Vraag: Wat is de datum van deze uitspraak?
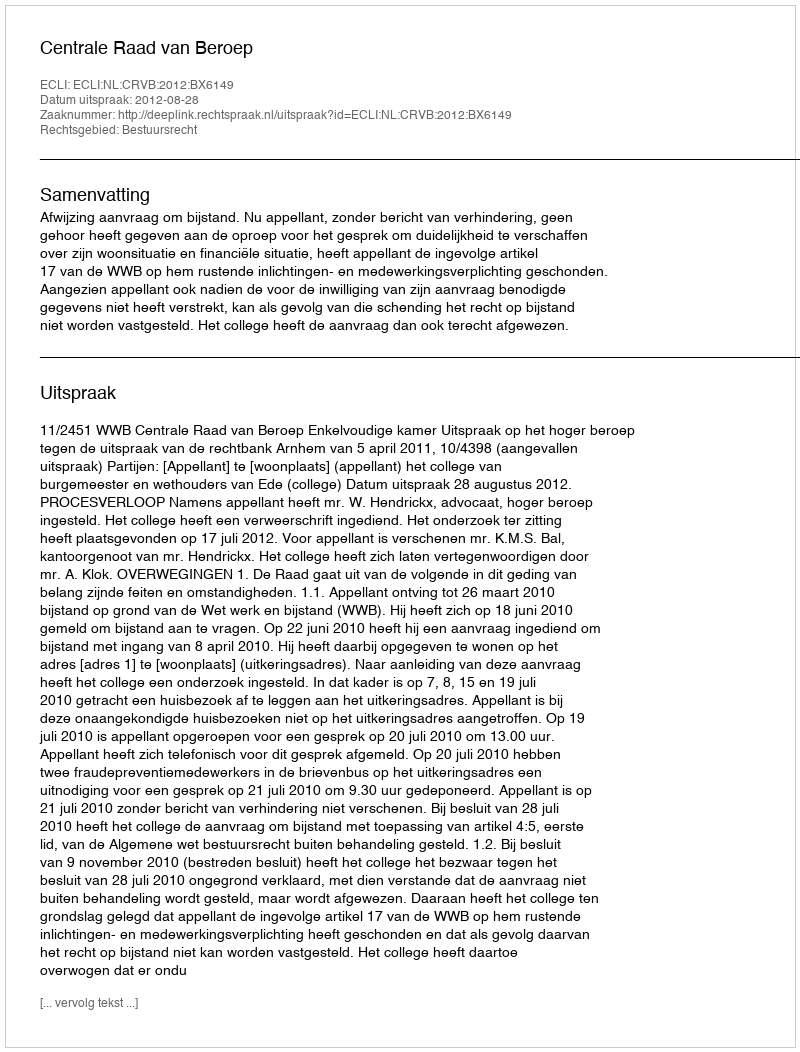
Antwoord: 2012-08-28